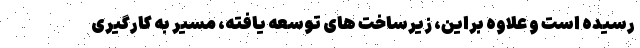
رسیده است و علاوه براین، زیرساخت های توسعه یافته، مسیر به کارگیری